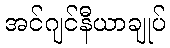
အင်ဂျင်နီယာချုပ်